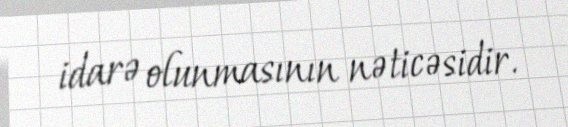
idarə olunmasının nəticəsidir.